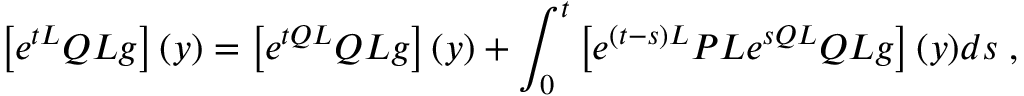
\left[ e ^ { t { \cal L } } Q { \cal L } g \right] ( y ) = \left[ e ^ { t Q { \cal L } } Q { \cal L } g \right] ( y ) + \int _ { 0 } ^ { t } \left[ e ^ { ( t - s ) { \cal L } } P { \cal L } e ^ { s Q { \cal L } } Q { \cal L } g \right] ( y ) d s \; ,